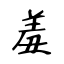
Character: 羞